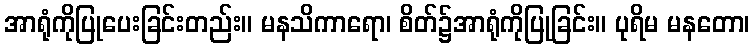
အာရုံကိုပြုပေးခြင်းတည်း။ မနသိကာရော၊ စိတ်၌အာရုံကိုပြုခြင်း။ ပုရိမ မနတော၊